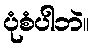
ပုံစံပါဘဲ။